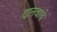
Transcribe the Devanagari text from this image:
दानवाचे